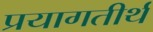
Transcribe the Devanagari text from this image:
प्रयागतीर्थ